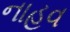
નાહવ